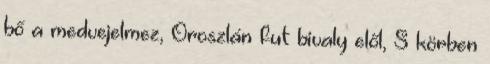
bő a medvejelmez, Oroszlán fut bivaly elől, S körben